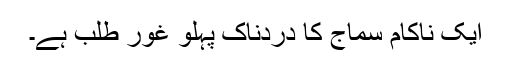
ایک ناکام سماج کا دردناک پہلو غور طلب ہے۔